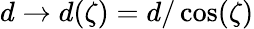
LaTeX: d\rightarrow d(\zeta)=d/\cos(\zeta)